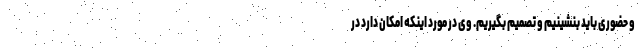
و حضوری باید بنشینیم و تصمیم بگیریم. وی در مورد اینکه امکان دارد در